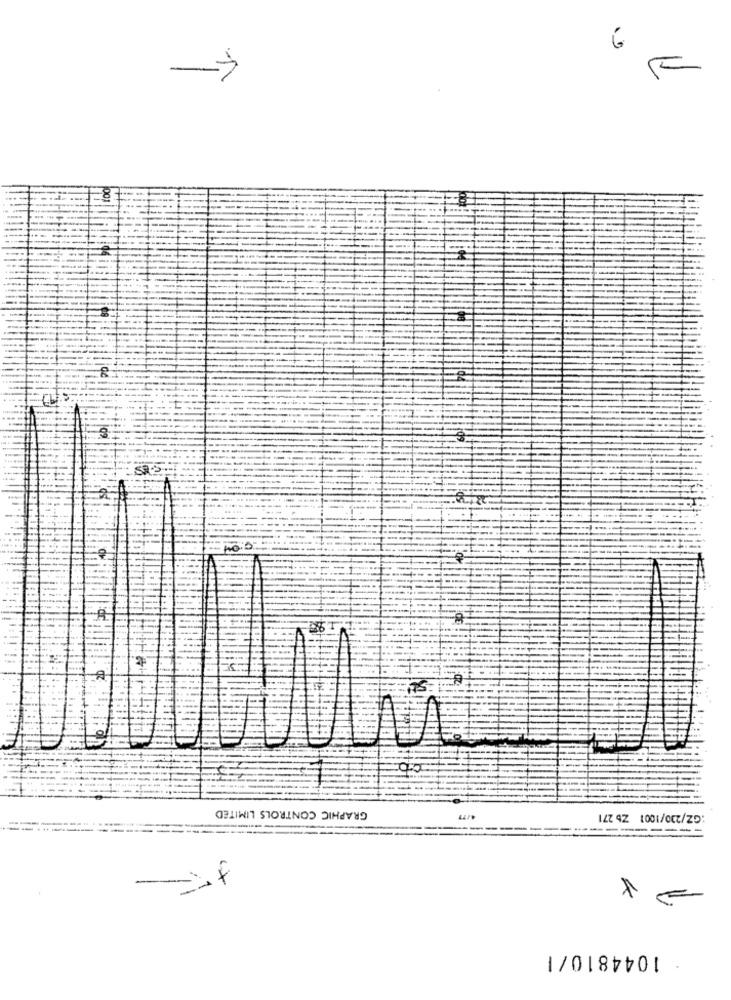
6
GRAPHIC CONTROLS LIMITED
-----
1044810/1